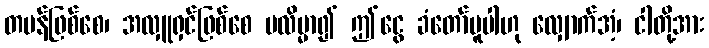
တမန်ဖြစ်စေ၊ အလှူရှင်ဖြစ်စေ မလိမ္မာ၍ ဤငွေ ခံတော်မူပါဟု လျှောက်အံ့၊ ငါတို့အား